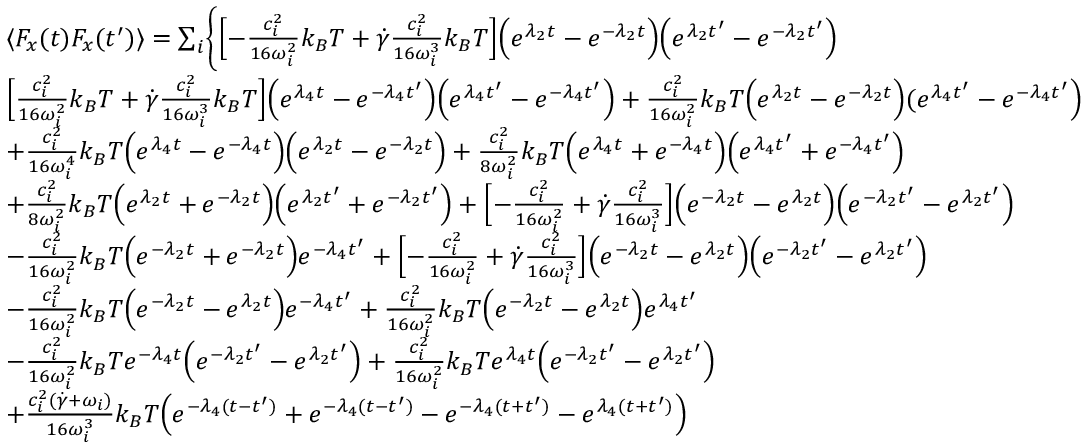
\begin{array} { r l } & { \langle F _ { x } ( t ) F _ { x } ( t ^ { \prime } ) \rangle = \sum _ { i } \Biggl \{ \Bigl [ - \frac { c _ { i } ^ { 2 } } { 1 6 \omega _ { i } ^ { 2 } } k _ { B } T + \dot { \gamma } \frac { c _ { i } ^ { 2 } } { 1 6 \omega _ { i } ^ { 3 } } k _ { B } T \Bigr ] \Bigl ( e ^ { \lambda _ { 2 } t } - e ^ { - \lambda _ { 2 } t } \Bigr ) \Bigl ( e ^ { \lambda _ { 2 } t ^ { \prime } } - e ^ { - \lambda _ { 2 } t ^ { \prime } } \Bigr ) } \\ & { \Bigl [ \frac { c _ { i } ^ { 2 } } { 1 6 \omega _ { i } ^ { 2 } } k _ { B } T + \dot { \gamma } \frac { c _ { i } ^ { 2 } } { 1 6 \omega _ { i } ^ { 3 } } k _ { B } T \Bigr ] \Bigl ( e ^ { \lambda _ { 4 } t } - e ^ { - \lambda _ { 4 } t ^ { \prime } } \Bigr ) \Bigl ( e ^ { \lambda _ { 4 } t ^ { \prime } } - e ^ { - \lambda _ { 4 } t ^ { \prime } } \Bigr ) + \frac { c _ { i } ^ { 2 } } { 1 6 \omega _ { i } ^ { 2 } } k _ { B } T \Bigl ( e ^ { \lambda _ { 2 } t } - e ^ { - \lambda _ { 2 } t } \Bigr ) ( e ^ { \lambda _ { 4 } t ^ { \prime } } - e ^ { - \lambda _ { 4 } t ^ { \prime } } \Bigr ) } \\ & { + \frac { c _ { i } ^ { 2 } } { 1 6 \omega _ { i } ^ { 4 } } k _ { B } T \Bigl ( e ^ { \lambda _ { 4 } t } - e ^ { - \lambda _ { 4 } t } \Bigr ) \Bigl ( e ^ { \lambda _ { 2 } t } - e ^ { - \lambda _ { 2 } t } \Bigr ) + \frac { c _ { i } ^ { 2 } } { 8 \omega _ { i } ^ { 2 } } k _ { B } T \Bigl ( e ^ { \lambda _ { 4 } t } + e ^ { - \lambda _ { 4 } t } \Bigr ) \Bigl ( e ^ { \lambda _ { 4 } t ^ { \prime } } + e ^ { - \lambda _ { 4 } t ^ { \prime } } \Bigr ) } \\ & { + \frac { c _ { i } ^ { 2 } } { 8 \omega _ { i } ^ { 2 } } k _ { B } T \Bigl ( e ^ { \lambda _ { 2 } t } + e ^ { - \lambda _ { 2 } t } \Bigr ) \Bigl ( e ^ { \lambda _ { 2 } t ^ { \prime } } + e ^ { - \lambda _ { 2 } t ^ { \prime } } \Bigr ) + \Bigl [ - \frac { c _ { i } ^ { 2 } } { 1 6 \omega _ { i } ^ { 2 } } + \dot { \gamma } \frac { c _ { i } ^ { 2 } } { 1 6 \omega _ { i } ^ { 3 } } \Bigr ] \Bigl ( e ^ { - \lambda _ { 2 } t } - e ^ { \lambda _ { 2 } t } \Bigr ) \Bigl ( e ^ { - \lambda _ { 2 } t ^ { \prime } } - e ^ { \lambda _ { 2 } t ^ { \prime } } \Bigr ) } \\ & { - \frac { c _ { i } ^ { 2 } } { 1 6 \omega _ { i } ^ { 2 } } k _ { B } T \Bigl ( e ^ { - \lambda _ { 2 } t } + e ^ { - \lambda _ { 2 } t } \Bigr ) e ^ { - \lambda _ { 4 } t ^ { \prime } } + \Bigl [ - \frac { c _ { i } ^ { 2 } } { 1 6 \omega _ { i } ^ { 2 } } + \dot { \gamma } \frac { c _ { i } ^ { 2 } } { 1 6 \omega _ { i } ^ { 3 } } \Bigr ] \Bigl ( e ^ { - \lambda _ { 2 } t } - e ^ { \lambda _ { 2 } t } \Bigr ) \Bigl ( e ^ { - \lambda _ { 2 } t ^ { \prime } } - e ^ { \lambda _ { 2 } t ^ { \prime } } \Bigr ) } \\ & { - \frac { c _ { i } ^ { 2 } } { 1 6 \omega _ { i } ^ { 2 } } k _ { B } T \Bigl ( e ^ { - \lambda _ { 2 } t } - e ^ { \lambda _ { 2 } t } \Bigr ) e ^ { - \lambda _ { 4 } t ^ { \prime } } + \frac { c _ { i } ^ { 2 } } { 1 6 \omega _ { i } ^ { 2 } } k _ { B } T \Bigl ( e ^ { - \lambda _ { 2 } t } - e ^ { \lambda _ { 2 } t } \Bigr ) e ^ { \lambda _ { 4 } t ^ { \prime } } } \\ & { - \frac { c _ { i } ^ { 2 } } { 1 6 \omega _ { i } ^ { 2 } } k _ { B } T e ^ { - \lambda _ { 4 } t } \Bigl ( e ^ { - \lambda _ { 2 } t ^ { \prime } } - e ^ { \lambda _ { 2 } t ^ { \prime } } \Bigr ) + \frac { c _ { i } ^ { 2 } } { 1 6 \omega _ { i } ^ { 2 } } k _ { B } T e ^ { \lambda _ { 4 } t } \Bigl ( e ^ { - \lambda _ { 2 } t ^ { \prime } } - e ^ { \lambda _ { 2 } t ^ { \prime } } \Bigr ) } \\ & { + \frac { c _ { i } ^ { 2 } ( \dot { \gamma } + \omega _ { i } ) } { 1 6 \omega _ { i } ^ { 3 } } k _ { B } T \Bigl ( e ^ { - \lambda _ { 4 } ( t - t ^ { \prime } ) } + e ^ { - \lambda _ { 4 } ( t - t ^ { \prime } ) } - e ^ { - \lambda _ { 4 } ( t + t ^ { \prime } ) } - e ^ { \lambda _ { 4 } ( t + t ^ { \prime } ) } \Bigr ) } \end{array}